Problem: 39 + 26 = ?
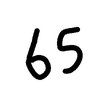
Handwritten answer: 65